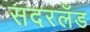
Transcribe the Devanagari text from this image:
सदरलँड